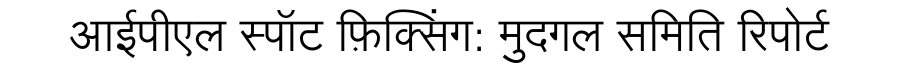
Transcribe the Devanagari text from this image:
आईपीएल स्पॉट फ़िक्सिंग: मुदगल समिति रिपोर्ट